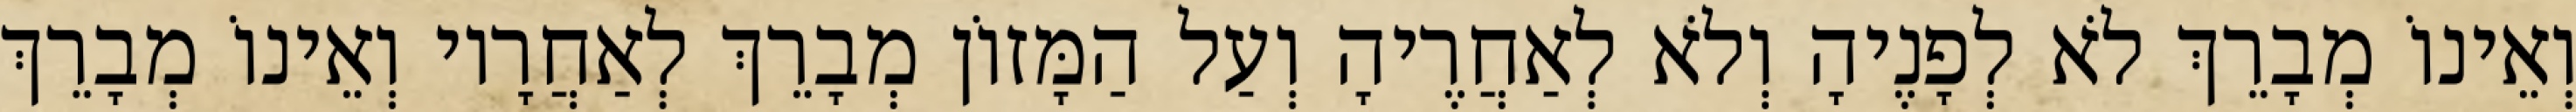
וְאֵינוֹ מְבָרֵךְ לֹא לְפָנֶיהָ וְלֹא לְאַחֲרֶיהָ וְעַל הַמָּזוֹן מְבָרֵךְ לְאַחֲרָיו וְאֵינוֹ מְבָרֵךְ